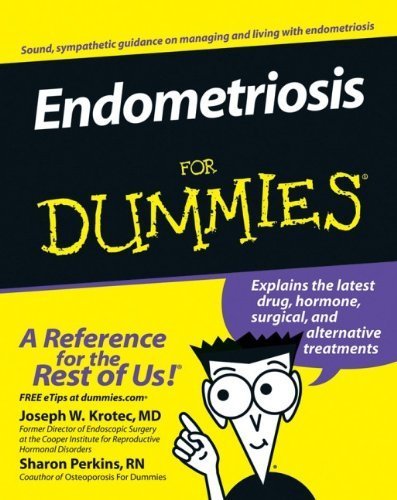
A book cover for Endometriosis For Dummies by Krotec MD, Joseph, Perkins, Sharon (2006) Paperback; Health, Fitness & Dieting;